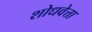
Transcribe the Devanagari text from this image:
शोधवेत्ता